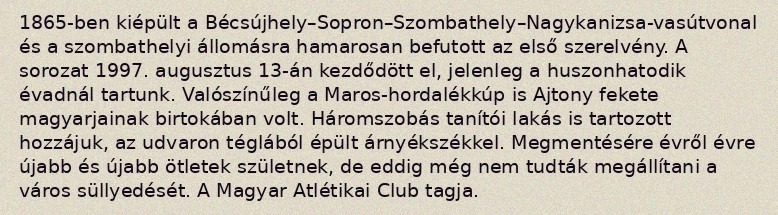
1865-ben kiépült a Bécsújhely–Sopron–Szombathely–Nagykanizsa-vasútvonal és a szombathelyi állomásra hamarosan befutott az első szerelvény. A sorozat 1997. augusztus 13-án kezdődött el, jelenleg a huszonhatodik évadnál tartunk. Valószínűleg a Maros-hordalékkúp is Ajtony fekete magyarjainak birtokában volt. Háromszobás tanítói lakás is tartozott hozzájuk, az udvaron téglából épült árnyékszékkel. Megmentésére évről évre újabb és újabb ötletek születnek, de eddig még nem tudták megállítani a város süllyedését. A Magyar Atlétikai Club tagja.